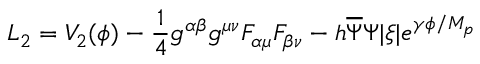
L _ { 2 } = V _ { 2 } ( \phi ) - \frac { 1 } { 4 } g ^ { \alpha \beta } g ^ { \mu \nu } F _ { \alpha \mu } F _ { \beta \nu } - h \overline { { { \Psi } } } \Psi | \xi | e ^ { \gamma \phi / M _ { p } }